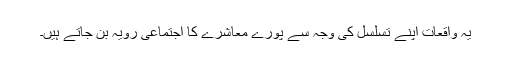
یہ واقعات اپنے تسلسل کی وجہ سے پورے معاشرے کا اجتماعی رویہ بن جاتے ہیں۔